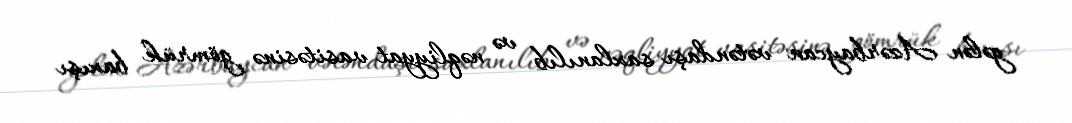
gələn Azərbaycan vətəndaşı saxlanılıb və nəqliyyat vasitəsinə gömrük baxışı